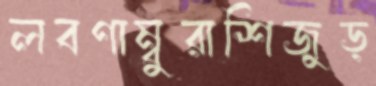
লবণাম্বুরাশিজুড়